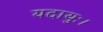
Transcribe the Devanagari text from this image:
यदायुः।